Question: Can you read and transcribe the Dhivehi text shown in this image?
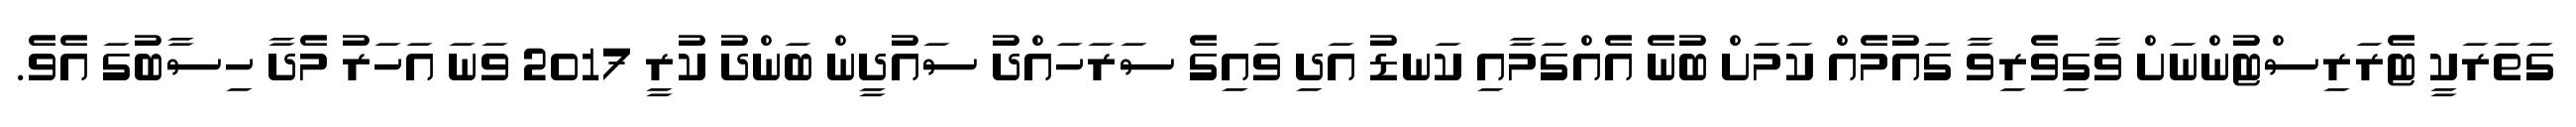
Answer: ގަތަރަކީ ޓެރަރިސްޓުންނަށް ވާގިވެރިވާ ގައުމެއް ކަމަށް ބުނެ އެއްގަމާއި ކަނޑު އަދި ވައިގެ ސަރަހައްދު ސައުދީން ބަންދު ކުރީ 2017 ވަނަ އަހަރު މެދާ ހިސާބުގަ އެވެ.